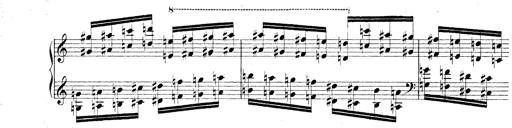
Title: Technische Studien
Composer: Franz Liszt